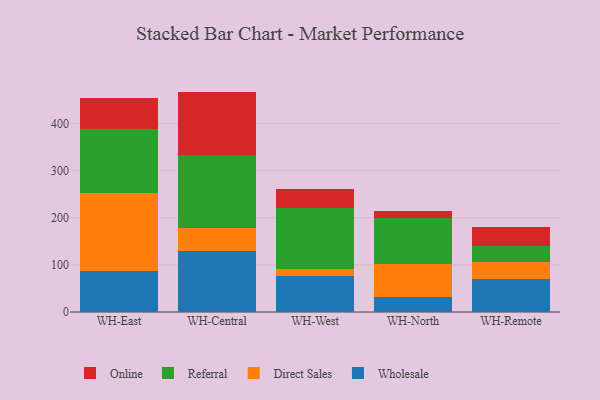
{"axis": {"x": "Warehouse", "y": "Revenue (USD Million)"}, "legend": ["Direct Sales", "Online", "Referral", "Wholesale"], "data": [{"x": "WH-East", "y": 87.8, "type": "Wholesale"}, {"x": "WH-East", "y": 165.6, "type": "Direct Sales"}, {"x": "WH-East", "y": 134.8, "type": "Referral"}, {"x": "WH-East", "y": 66.9, "type": "Online"}, {"x": "WH-Central", "y": 129.6, "type": "Wholesale"}, {"x": "WH-Central", "y": 47.7, "type": "Direct Sales"}, {"x": "WH-Central", "y": 156.0, "type": "Referral"}, {"x": "WH-Central", "y": 134.5, "type": "Online"}, {"x": "WH-West", "y": 76.9, "type": "Wholesale"}, {"x": "WH-West", "y": 15.1, "type": "Direct Sales"}, {"x": "WH-West", "y": 128.7, "type": "Referral"}, {"x": "WH-West", "y": 41.2, "type": "Online"}, {"x": "WH-North", "y": 32.5, "type": "Wholesale"}, {"x": "WH-North", "y": 70.3, "type": "Direct Sales"}, {"x": "WH-North", "y": 97.5, "type": "Referral"}, {"x": "WH-North", "y": 14.5, "type": "Online"}, {"x": "WH-Remote", "y": 69.8, "type": "Wholesale"}, {"x": "WH-Remote", "y": 35.5, "type": "Direct Sales"}, {"x": "WH-Remote", "y": 34.7, "type": "Referral"}, {"x": "WH-Remote", "y": 40.1, "type": "Online"}]}